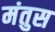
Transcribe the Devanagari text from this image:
मंतुस